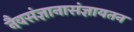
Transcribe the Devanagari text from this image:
नैवसंज्ञानासंज्ञायतन